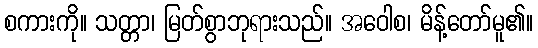
စကားကို။ သတ္တာ၊ မြတ်စွာဘုရားသည်။ အဝေါစ၊ မိန့်တော်မူ၏။